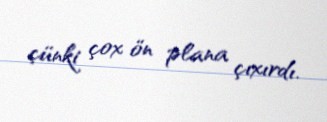
çünki çox ön plana çıxırdı.